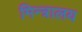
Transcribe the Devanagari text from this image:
मिन्त्रालय